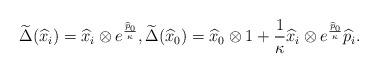
LaTeX: \begin{align*}\widetilde{\Delta}(\widehat{x}_{i})=\widehat{x}_{i}\otimes e^{\frac{\widehat{p}_{0}}{\kappa}},\widetilde{\Delta}(\widehat{x}_{0})=\widehat{x}_{0}\otimes1+\frac{1}{\kappa}\widehat{x}_{i}\otimes e^{\frac{\widehat{p}_{0}}{\kappa}}\widehat{p}_{i}. \end{align*}